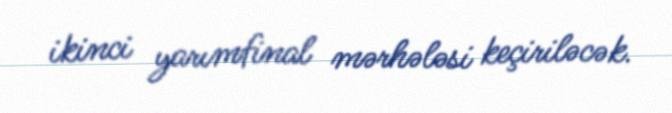
ikinci yarımfinal mərhələsi keçiriləcək.